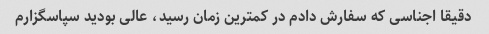
دقیقا اجناسی که سفارش دادم در کمترین زمان رسید، عالی بودید سپاسگزارم